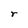
Character: r